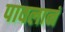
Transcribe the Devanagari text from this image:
पावलानं